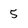
Character: 5